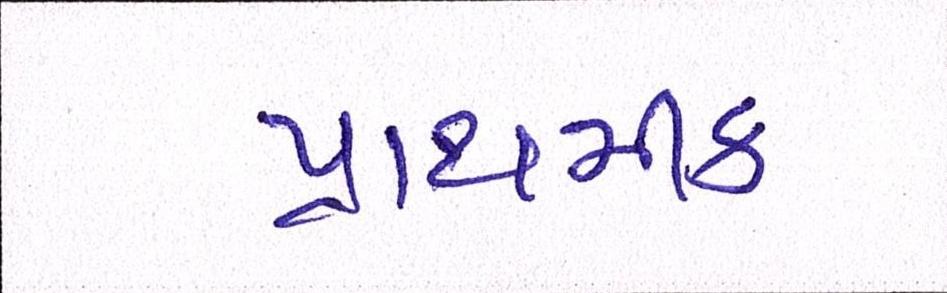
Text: પ્રાથમીક